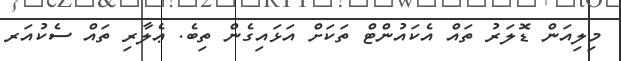
މިލިއަން ޑޮލަރު ތައް އެކައުންޓް ތަކަށް އަޅައިގެން ތިބެ. ޢެލާރި ތައް ސެކުއަރ